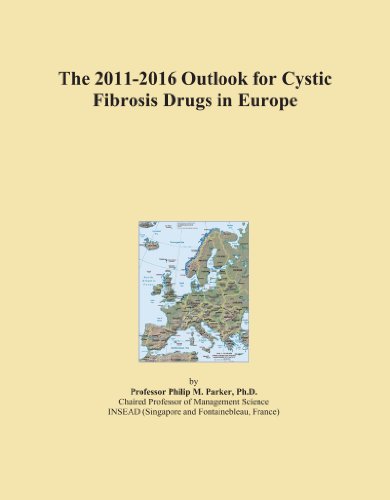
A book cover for The 2011-2016 Outlook for Cystic Fibrosis Drugs in Europe; Icon Group International; Health, Fitness & Dieting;